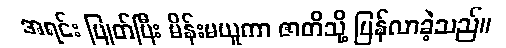
အရင်း ပြုတ်ပြီး မိန်းမယူကာ ဇာတိသို့ ပြန်လာခဲ့သည်။